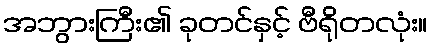
အဘွားကြီး၏ ခုတင်နှင့် ဗီရိုတလုံး။